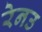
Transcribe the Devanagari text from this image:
रेनउ